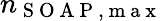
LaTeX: n_{\mathrm{~S~O~A~P~,~m~a~x~}}